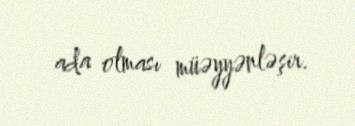
ada olması müəyyənləşir.